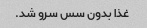
غذا بدون سس سرو شد.